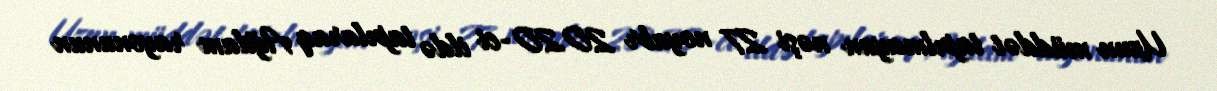
Uzun müddət tapılmayan nəşi 27 noyabr 2020-ci ildə tapılaraq Ağdam rayonunun